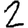
Digit: 2